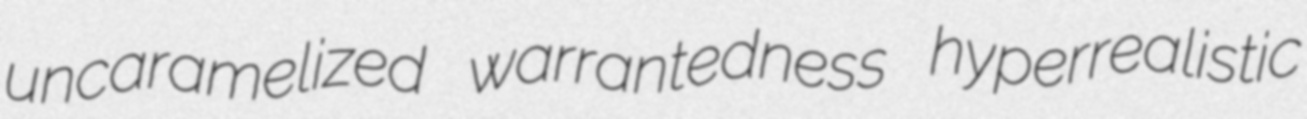
uncaramelized warrantedness hyperrealistic